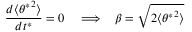
\frac { d \langle { \theta ^ { * } } ^ { 2 } \rangle } { d t ^ { * } } = 0 \; \; \; \implies \; \; \beta = \sqrt { 2 \langle { \theta ^ { * } } ^ { 2 } \rangle }